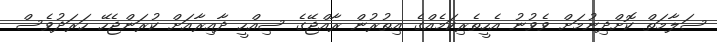
ސަލާމަތް ކޮށްދިނުމަށް ވެވުނު އެހީތެރިކަމެއްގެ އިތުރުން ރާއްޖޭގެ ސިއްހީ ދާއިރާއަށް ކުރަންޖެހޭ ހަރަދުވެސް